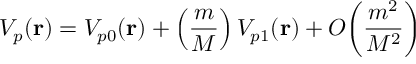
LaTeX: V _ { p } ( { \bf r } ) = V _ { p 0 } ( { \bf r } ) + \left( \frac { m } { M } \right) V _ { p 1 } ( { \bf r } ) + { \cal O } \bigg ( \frac { m ^ { 2 } } { M ^ { 2 } } \bigg )